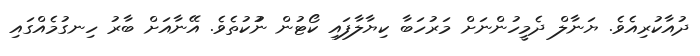
ދުއާކުރިއެވެ. ޔަނާލް ދެމީހުންނަށް މަރުހަބާ ކިޔާލާފައި ކޯޓުން ނުުކުތެވެ. އޭނާއަށް ބާރު ހިނގުމެއްގައި